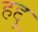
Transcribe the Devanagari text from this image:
हद्दू